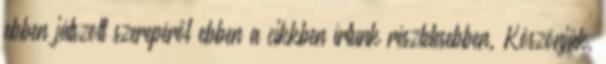
ebben játszott szerepéről ebben a cikkben írtunk részletesebben. Köszönjük,